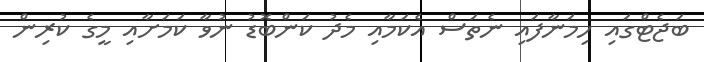
ބަޖެޓްގައި ހިމަނާފައި ނެތަސް އެކަމާއި މެދު ކަންބޮޑު ނުވާ ކަމަށާއި މީގެ ކުރިން